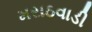
મરાઠવાડી